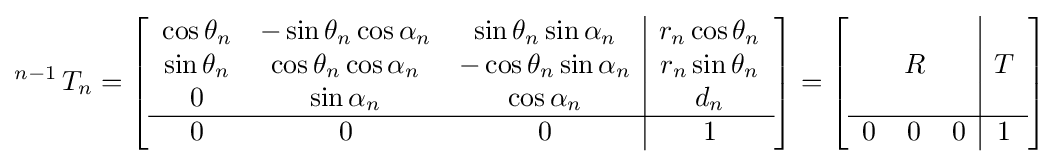
\operatorname {} ^{n-1}T_{n}=\left[{\begin{array}{ccc|c}\cos \theta _{n}&-\sin \theta _{n}\cos \alpha _{n}&\sin \theta _{n}\sin \alpha _{n}&r_{n}\cos \theta _{n}\\\sin \theta _{n}&\cos \theta _{n}\cos \alpha _{n}&-\cos \theta _{n}\sin \alpha _{n}&r_{n}\sin \theta _{n}\\0&\sin \alpha _{n}&\cos \alpha _{n}&d_{n}\\\hline 0&0&0&1\end{array}}\right]=\left[{\begin{array}{ccc|c}&&&\\&R&&T\\&&&\\\hline 0&0&0&1\end{array}}\right]